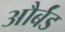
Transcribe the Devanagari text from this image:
और्बंड